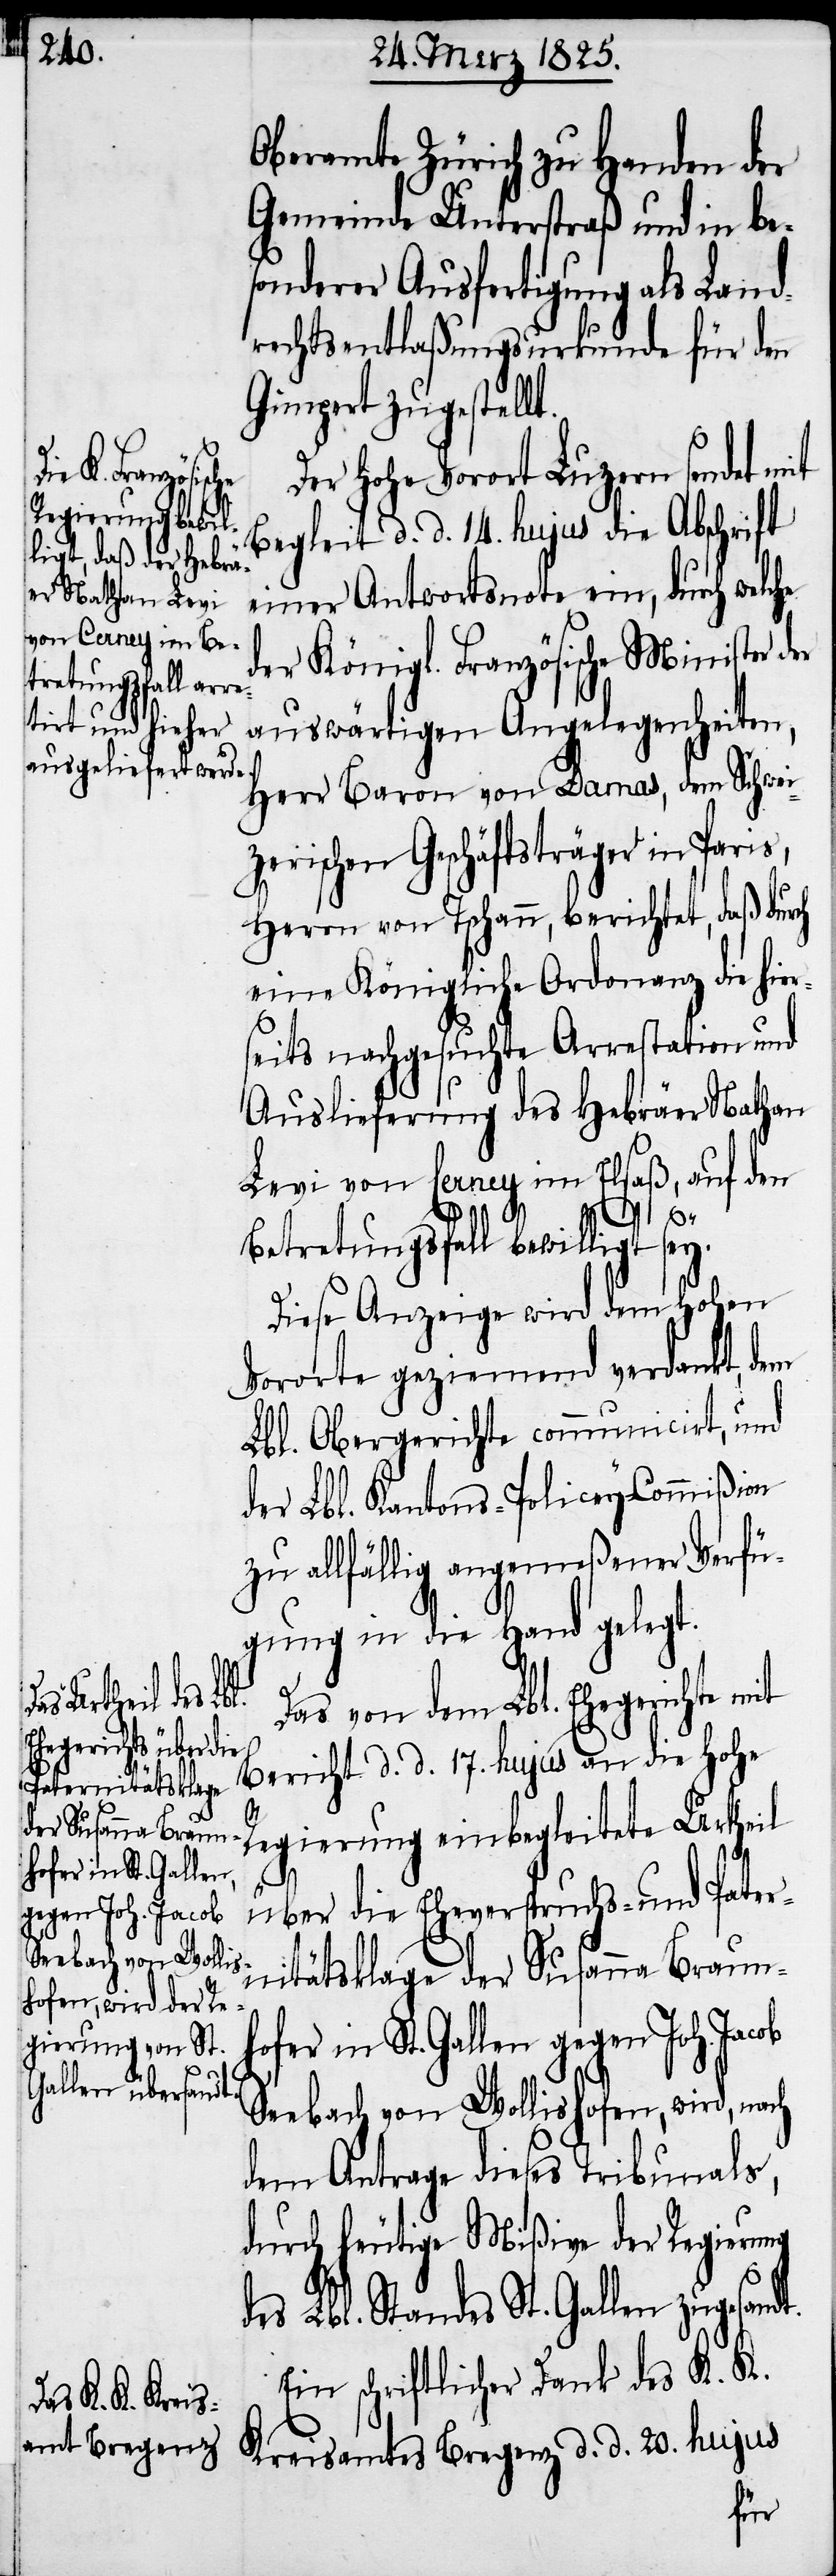
hofer in St. Gallen
gegen Joh. Jacob

Oberamte Zürich zu Handen der
Gemeinde Unterstraß und in be¬
sonderer Ausfertigung als Land¬
rechtsentlaßungsurkunde für den
Gimpert zugestellt.
Der Hohe Vorort Luzern sendet mit
Begleit d. d. 14. hujus die Abschrift
einer Antwortsnote ein, durch welche
er Königl. Französische Minister der
auswärtigen Angelegenheiten,
Herr Baron von Damas, dem Schwei¬
zerischen Geschäftsträger in Paris,
Herrn von Tschann, berichtet, daß durch
eine Königliche Ordonanz die hier¬
seits nachgesuchte Arrestation und
Auslieferung des Hebräer Nathan
Levi von Cerney im Elsaß, auf den
d¬
Betretungsfall bewilligt sey.
Diese Anzeige wird dem Hohen
Vororte geziemend verdankt, dem
Lbl. Obergerichte communicirt, und
der Lbl. Kantons-Policey-Commißion
zu allfällig angemeßener Verfü¬
gung in die Hand gelegt.
Das von dem Lbl. Ehegerichte mit
Bericht d. d. 17. hujus an die Hohe
dt.
Regierung einbegleitete Urtheil
über die Eheverspruchs- und Pater¬
nitätsklage der Susanna Braun¬
Seebach von Wollishofen, wird, nach
dem Antrage dieses Tribunals,
durch heutige Mißive der Regierung
es Lbl. Standes St. Gallen zugesan¬
Ein schriftlicher Dank des K. K.
Kreisamtes Bregenz d. d. 20. hujus